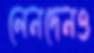
লেনদেনও